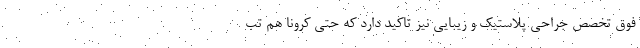
فوق تخصص جراحی پلاستیک و زیبایی نیز تاکید دارد که حتی کرونا هم تب